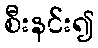
စီးနင်း၍